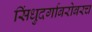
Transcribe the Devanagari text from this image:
सिंधुदर्गाबरोबरच